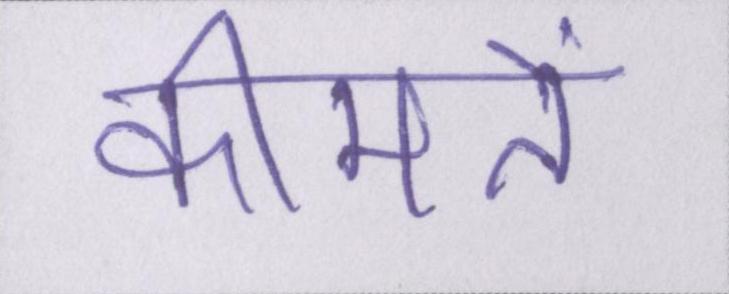
कीमतें